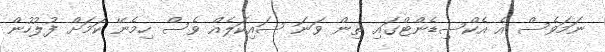
ނަމަވެސް އެ އެކްސިޑެންޓްގައި ތިން ވަނަ ސައިކަލެއް ވެސް ހިމެނޭ ކަމަށް ފުލުހުން